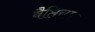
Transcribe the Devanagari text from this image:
बैप्तिसम